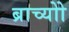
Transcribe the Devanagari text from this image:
ब्राच्योो